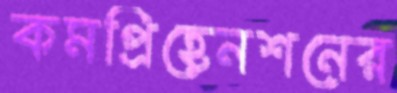
কমপ্রিহেনশনের